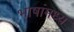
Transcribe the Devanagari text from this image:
भाषांमध्य